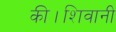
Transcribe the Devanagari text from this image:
की।शिवानी